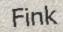
Fink